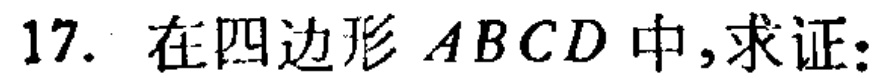
17. 在四边形 \(ABCD\) 中,求证: